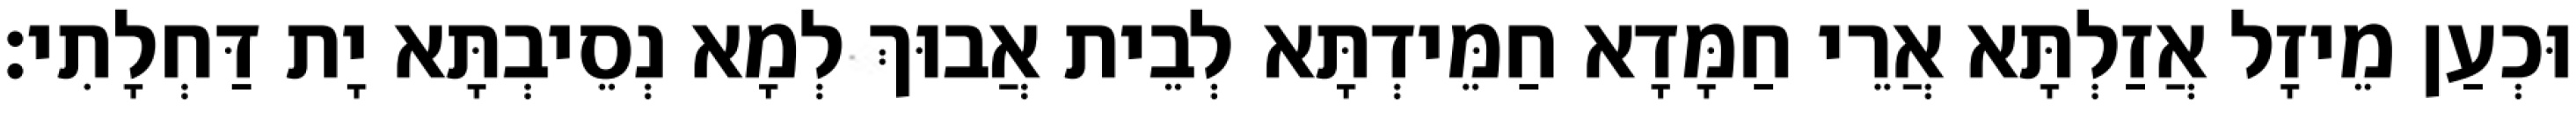
וּכְעַן מֵיזָל אֲזַלְתָּא אֲרֵי חַמָּדָא חַמֵּידְתָּא לְבֵית אֲבוּךְ לְמָא נְסֵיבְתָּא יָת דַּחְלָתִי׃